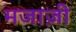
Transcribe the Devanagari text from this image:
मजाज़ी